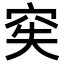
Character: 𥥌